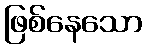
ဖြစ်နေသော